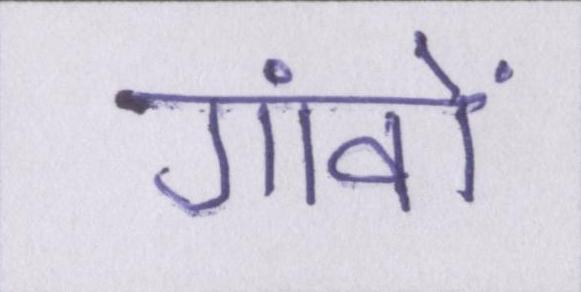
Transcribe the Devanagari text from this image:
गांवों